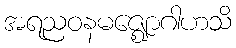
အရညဝနမဇ္ဈောဂါဟသိ